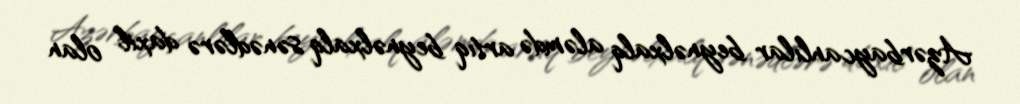
Azərbaycanlılar beynəlxalq aləmdə artıq beynəlxalq sənədlərə daxil olan